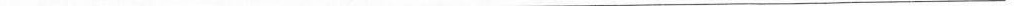
___